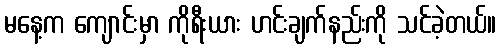
မနေ့က ကျောင်းမှာ ကိုရီးယား ဟင်းချက်နည်းကို သင်ခဲ့တယ်။